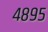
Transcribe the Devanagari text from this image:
४८९५